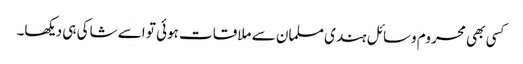
کسی بھی محروم وسائل ہندی مسلمان سے ملاقات ہوئی تو اسے شاکی ہی دیکھا۔